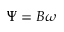
\Psi = B \omega